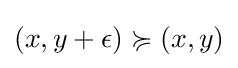
(x,y+\epsilon )\succcurlyeq (x,y)